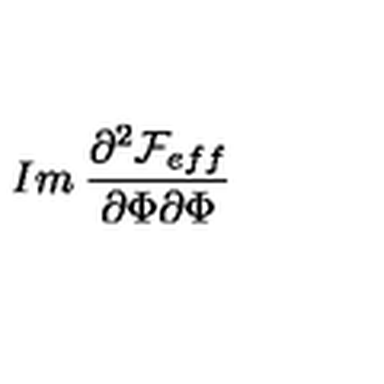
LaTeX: I m \: \frac { \partial ^ { 2 } { \cal F } _ { e f f } } { \partial \Phi \partial \Phi }